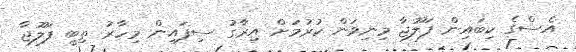
އެސްގެ ކިބައިން ފަލޫޖާ މިނިވަން ކުރުމަށް އިރާގު ސިފައިން މިހާރު ތިބީ ފަލޫޖާ